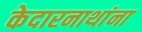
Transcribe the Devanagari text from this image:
केदारनाथांना